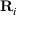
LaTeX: \mathbf { R } _ { i }